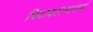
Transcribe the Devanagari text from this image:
चिदाकारमानन्दं